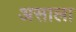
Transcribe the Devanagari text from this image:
असाला